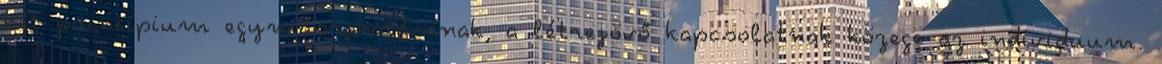
két princípium egymásrahatásának, a létrejövő kapcsolatnak közege az individuum.